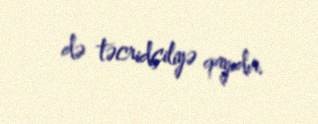
də təcridçiliyə qayıdır.